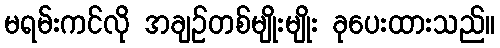
မရမ်းကင်လို အချဉ်တစ်မျိုးမျိုး ခုပေးထားသည်။